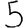
Digit: 5